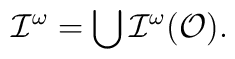
{\cal I}^{\omega}=\bigcup{\cal I}^{\omega}({\cal O}).